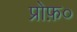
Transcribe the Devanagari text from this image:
प्रोफ़०